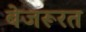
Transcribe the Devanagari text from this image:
बेजरूरत